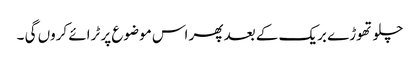
چلو تھوڑے بریک کے بعد پھر اس موضوع پر ٹرائے کروں گی ۔